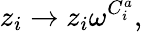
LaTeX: z_{i}\rightarrow z_{i}\omega^{C_{i}^{a}},